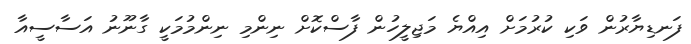
ފަނޑިޔާރުން ވަކި ކުރުމަށް އިއްޔެ މަޖިލީހުން ފާސްކޮށް ނިންމި ނިންމުމަކީ ގާނޫނު އަސާސީއާ